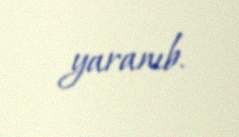
yaranıb.